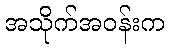
အသိုက်အဝန်းက